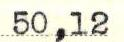
50,12